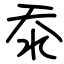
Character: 沗